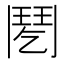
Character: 𩰌